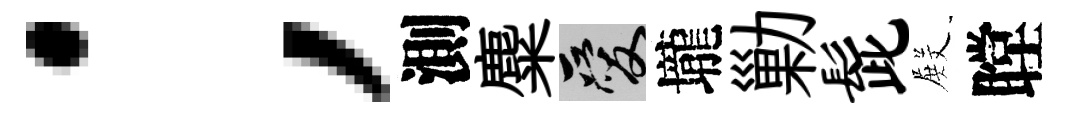
；測麋爱壠勦髭𭮺瞠